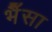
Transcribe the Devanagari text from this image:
भैँसा